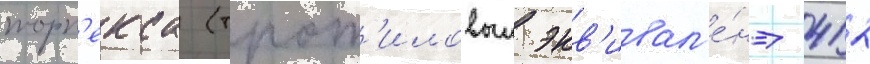
торп'екса (трот'иловыи экв'ивал'е́нт 412